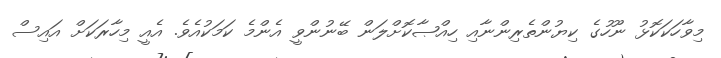
މިވާހަކަކޮޅު ނޫހުގެ ކިޔުންތެރިންނާއި ހިއްޞާކޮށްލަން ބޭނުންވީ އެންމެ ކަމަކުއެވެ. އެއީ މިހާރަކަށް އައިސް